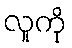
လူကို